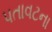
પતાવટના